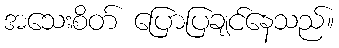
အသေးစိတ် ပြောပြချင်နေသည်။